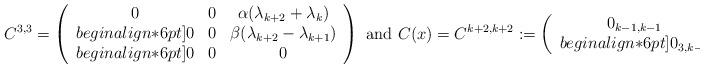
LaTeX: \begin{align*}C^{3,3} = \left(\begin{array}{cccc}0 & 0 & \alpha (\lambda_{k+2} + \lambda_k) \\begin{align*}6pt]0 & 0 & \beta (\lambda_{k+2} - \lambda_{k+1}) \\begin{align*}6pt]0 & 0 & 0\end{array} \right) \mbox{ and } C(x)= C^{k+2, k+2} := \left(\begin{array}{cccc}0_{k-1, k-1} & 0_{k-1, 3}\\begin{align*}6pt]0_{3, k - 1} & C^{3,3}\end{array}\right) \mbox{ for } k \ge 1.\end{align*}